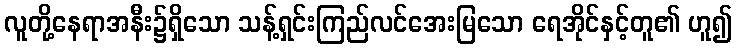
လူတို့နေရာအနီး၌ရှိသော သန့်ရှင်းကြည်လင်အေးမြသော ရေအိုင်နှင့်တူ၏ ဟူ၍